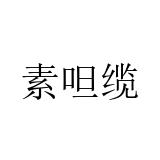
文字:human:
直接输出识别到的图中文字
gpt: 素呾缆